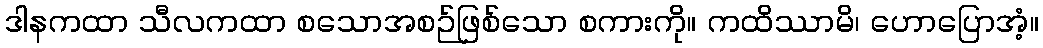
ဒါနကထာ သီလကထာ စသောအစဉ်ဖြစ်သော စကားကို။ ကထိဿာမိ၊ ဟောပြောအံ့။